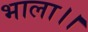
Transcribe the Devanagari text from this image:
भाला।।